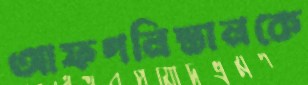
আফগনিস্তানকে